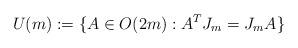
LaTeX: \begin{align*}U(m):=\{A\in O(2m):A^TJ_m=J_mA\}\end{align*}